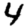
Digit: 4